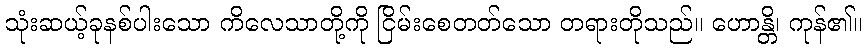
သုံးဆယ့်ခုနစ်ပါးသော ကိလေသာတို့ကို ငြိမ်းစေတတ်သော တရားတိုသည်။ ဟောန္တိ၊ ကုန်၏။